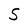
Character: S